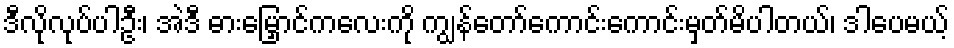
ဒီလိုလုပ်ပါဦး၊ အဲဒီ ဓားမြှောင်ကလေးကို ကျွန်တော်ကောင်းကောင်းမှတ်မိပါတယ်၊ ဒါပေမယ့်